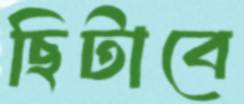
ছিটাবে